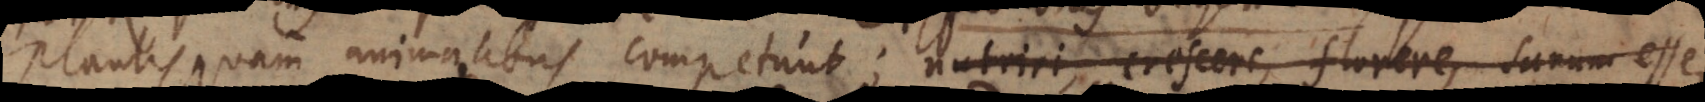
plantis, quam animalibus competunt; nutriri, crescere, florere, sanum esse